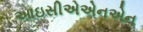
આઇસીએએનએન